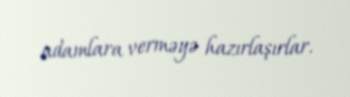
adamlara verməyə hazırlaşırlar.